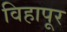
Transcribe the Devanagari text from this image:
विहापूर